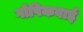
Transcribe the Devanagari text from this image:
गोपिकबाई